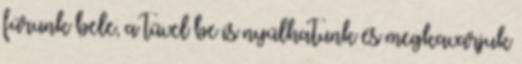
fúrunk bele, a tűvel be is nyúlhatunk és megkavarjuk